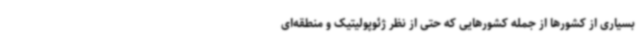
بسیاری از کشورها از جمله کشورهایی که حتی از نظر ژئوپولیتیک و منطقه‌ای